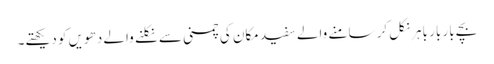
بچے بار بار باہر نکل کر سامنے والے سفید مکان کی چمنی سے نکلنے والے دھویں کو دیکھتے۔